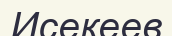
Исекеев